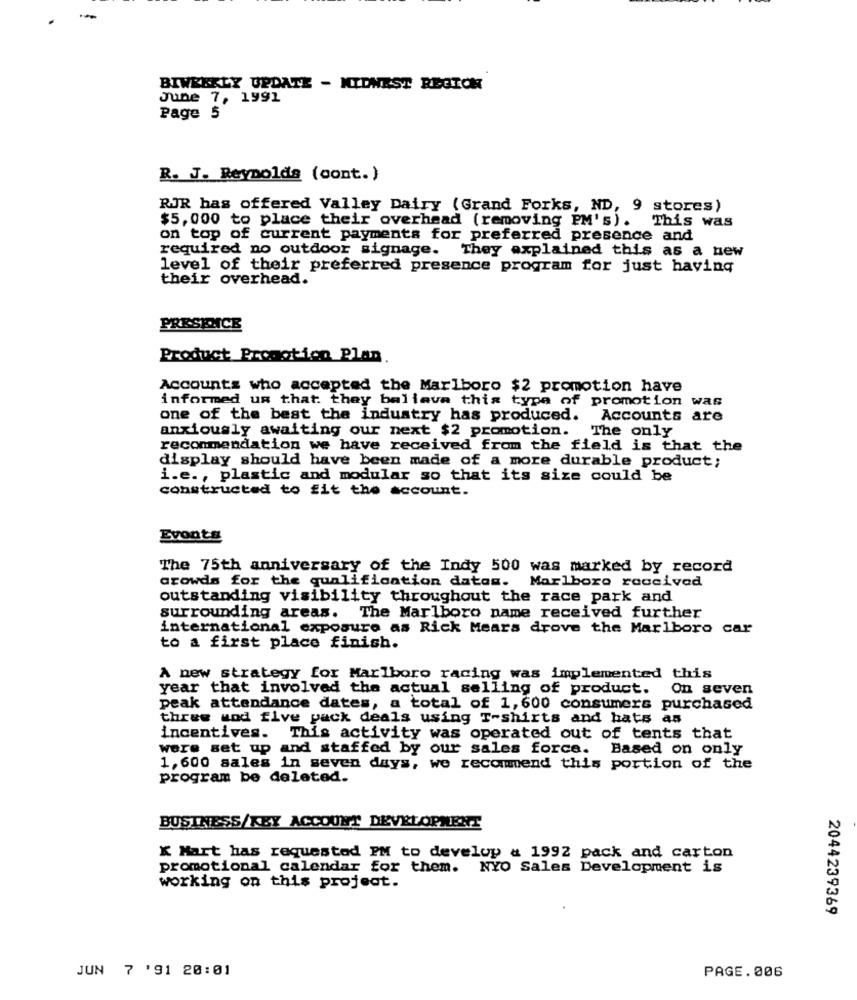
-
BIWEEKLY UPDATE - MIDWEST REGION
June 7, 1991
Page 5
R. J. Reynolds (cont.)
RJR has offered Valley Dairy (Grand Forks, ND, 9 stores)
$5, 000 to place their overhead (removing PM's). This was
on top of current payments for preferred presence and
required no outdoor signage. They explained this as a new
level of their preferred presence program for just having
their overhead.
PRESENCE
Product Promotion Plan.
Accounts who accepted the Marlboro $2 promotion have
informed us that they believe this type of promotion was
one of the best the industry has produced. Accounts are
anxiously awaiting our next $2 promotion. The only
recommendation we have received from the field is that the
display should have been made of a more durable product;
i.e ., plastic and modular so that its size could be
constructed to fit the account.
Evonts
The 75th anniversary of the Indy 500 was marked by record
crowds for the qualification datos. Marlboro received
outstanding visibility throughout the race park and
surrounding areas. The Marlboro name received further
international exposure as Rick Mears drove the Marlboro c
to a first place finish.
A new strategy for Marlboro racing was implemented this
year that involved the actual selling of product.
On seven
peak attendance dates, a total of 1, 600 consumers purchased
three wod five pack deals using T-shirts and hats as
incentives. This activity was operated out of tents that
were set up and staffed by our sales force. Based on only
1,600 sales in seven days, we recommend this portion of the
program be deleted.
BUSINESS/KEY ACCOUNT DEVELOPMENT
K Mart has requested PM to develop & 1992 pack and carton
promotional calendar for them. NYO Sales Development is
working on this project.
2044239369
JUN 7 '91 20:01
PAGE.006